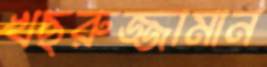
খছরুজ্জামান